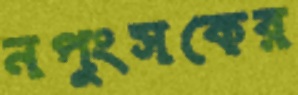
নপুংসকের